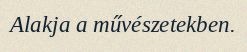
Alakja a művészetekben.